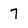
Character: 7